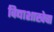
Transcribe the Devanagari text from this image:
विद्याशाखेचा